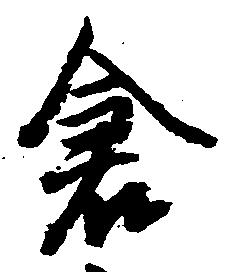
倉